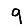
Digit: 9